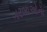
ગરબાઓના